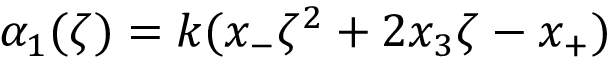
\alpha _ { 1 } ( \zeta ) = k ( x _ { - } \zeta ^ { 2 } + 2 x _ { 3 } \zeta - x _ { + } )